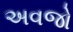
અવજો